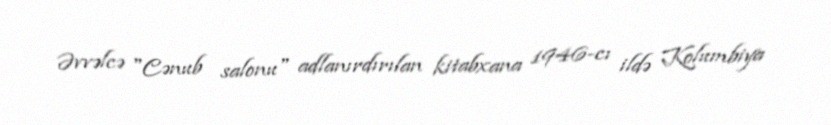
Əvvəlcə "Cənub salonu" adlanırdırılan kitabxana 1946-cı ildə Kolumbiya